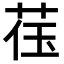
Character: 𬜳